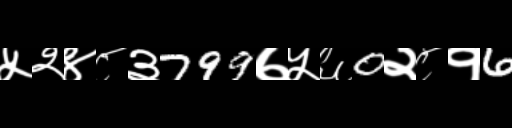
Text: ५२४८३799७५६0२८१6